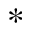
^ { * }